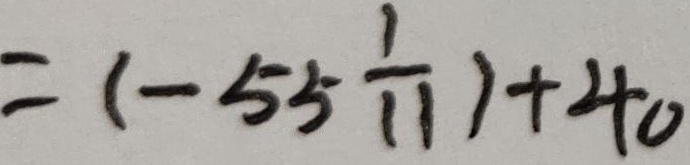
= ( - 5 5 \frac { 1 } { 1 1 } ) + 4 0